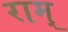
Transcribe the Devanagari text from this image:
राम्‌